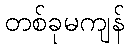
တစ်ခုမကျန်